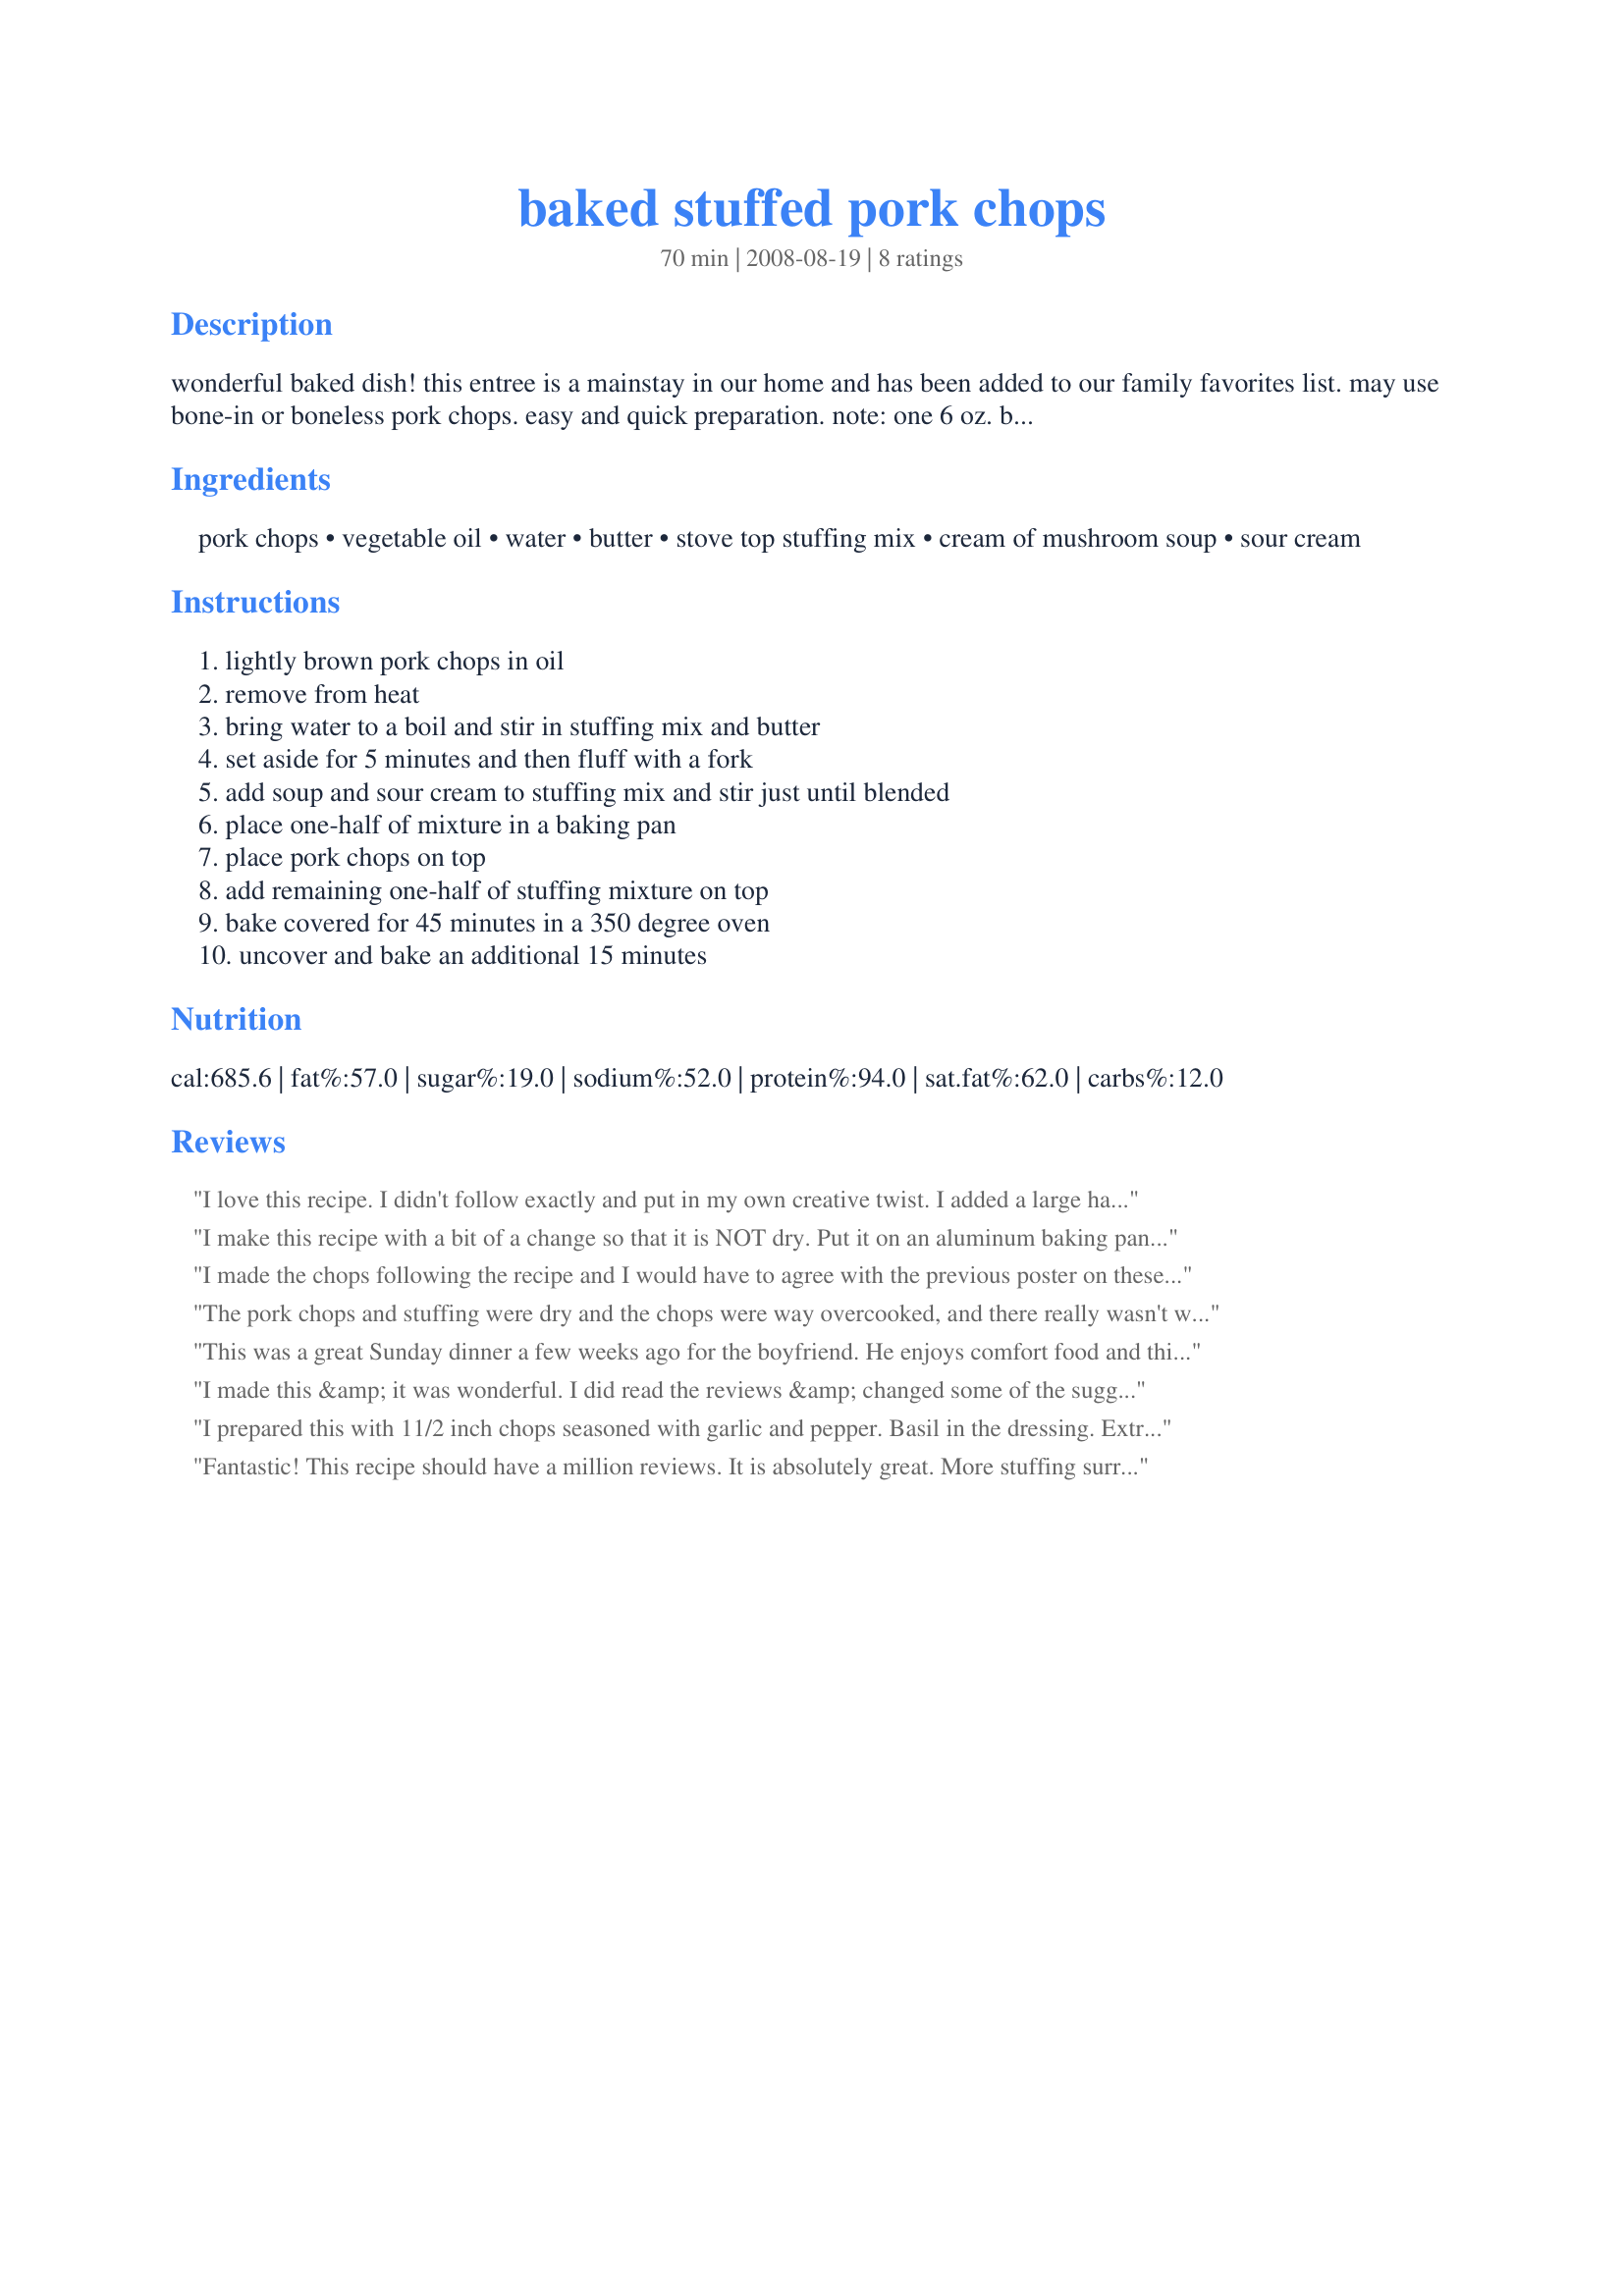
baked stuffed pork chops
Preparation time: 70 minutes

wonderful baked dish! this entree is a mainstay in our home and has been added to our family favorites list. may use bone-in or boneless pork chops. easy and quick preparation. note: one 6 oz. box of stuffing mix yields 6 servings. if your family likes a lot of stuffing you may consider using 2 boxes.

Ingredients:
pork chops, vegetable oil, water, butter, stove top stuffing mix, cream of mushroom soup, sour cream

Steps:
lightly brown pork chops in oil, remove from heat, bring water to a boil and stir in stuffing mix and butter, set aside for 5 minutes and then fluff with a fork, add soup and sour cream to stuffing mix and stir just until blended, place one-half of mixture in a baking pan, place pork chops on top, add remaining one-half of stuffing mixture on top, bake covered for 45 minutes in a 350 degree oven, uncover and bake an additional 15 minutes

Reviews:
I love this recipe. I didn't follow exactly and put in my own creative twist. I added a large handful of shredded cheese to the stuffing and added onion and garlic powder. I seasoned the chops with salt, pepper, and parsley. I did brown them but due to other reviews I cut the baking time down by 15 minutes.
I make this recipe with a bit of a change so that it is NOT dry. Put it on an aluminum baking pan so that you can cover it loosley with tin foil for the first 45 min. Put stuffing on top only. When sompleted baking, add the juice and apricots from a small can of apricots. Let it cook for a bit more and the chops will be moist and the stuffing will not be dried out. We enjoyed it and I am making it again tonight.
I made the chops following the recipe and I would have to agree with the previous poster on these. Not enough stuffing to go around and they were tough cooking them before hand, probably due to the length of baking in the oven. Also the salt is out of sight in this recipe. If I can find some low sodium soup or make my own, I may try these again sometime and make some adjustments. Potzi
The pork chops and stuffing were dry and the chops were way overcooked, and there really wasn't what I consider to be enough stuffing to put both under and on top of the 4 chops, more like enough for 2, if you like stuffing. I don't see any need to cook them before baking either. It made the chops tough and just another mess to clean up and another pan to wash. IMHO. I don't think we will make these again, as no one finished theirs. Sorry for the low stars, but I have to be honest here. Thanks for sharing anyway!
This was a great Sunday dinner a few weeks ago for the boyfriend. He enjoys comfort food and this certainly filled the bill. I used low fat/low sodium cream of mushroom and no fat sour cream with great results. Twas a tad salty but that was probably my heavy hand when I seasoned the chops. Good tummy filler, goes well with a green salad.
I made this &amp; it was wonderful. I did read the reviews &amp; changed some of the suggestions. Sautee celery, onion &amp; mushrooms added to the stuffing . Pinch of sage to the soup1 tsp. season salt. 2 cans cream of mushroom soup. Rub soy &amp; worcestershire sauce all over the pork chops before browning. pour the soup on the chops then put the stuffing on top. This will be one of my favorite recipes. Thanks for sharing.
I prepared this with 11/2 inch chops seasoned with garlic and pepper. Basil in the dressing. Extra can of soup. Added sweet potatoes. Cooked at 250 for 11/2 hrs, the at 325 for another 11/2 hrs covered, then for 1/2 hr uncovered. Came out great...chops very moist...not salty. My wife loved it.&lt;br/&gt;Jim
Fantastic! This recipe should have a million reviews. It is absolutely great. More stuffing surrounding would be good. I only used two porkchops for the entire stuffing mixture called here. Thanks :)
